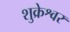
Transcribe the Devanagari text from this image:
शुक्रेश्वर